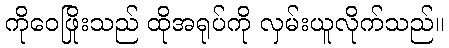
ကိုဝေဖြိုးသည် ထိုအရုပ်ကို လှမ်းယူလိုက်သည်။